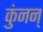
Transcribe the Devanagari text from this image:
कुंनन्